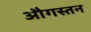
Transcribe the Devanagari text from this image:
औगस्तन